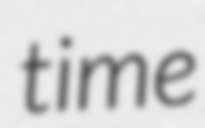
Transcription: time